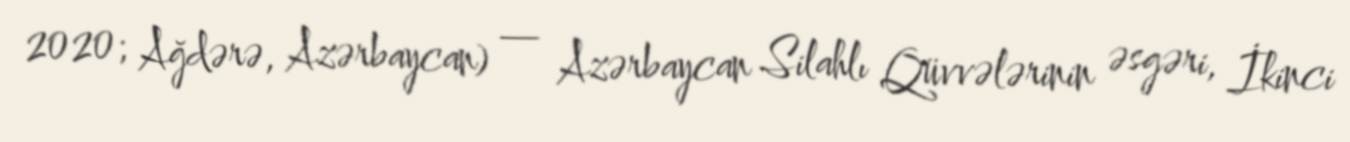
2020; Ağdərə, Azərbaycan) — Azərbaycan Silahlı Qüvvələrinin əsgəri, İkinci